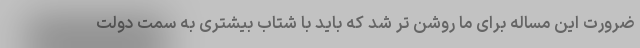
ضرورت این مساله برای ما روشن تر شد که باید با شتاب بیشتری به سمت دولت